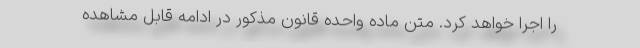
را اجرا خواهد کرد. متن ماده واحده قانون مذکور در ادامه قابل مشاهده